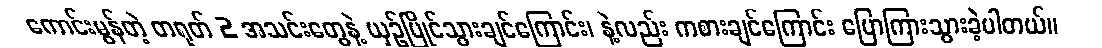
ကောင်းမွန်တဲ့ တရုတ် 2 အသင်းတွေနဲ့ ယှဥ်ပြိုင်သွားချင်ကြောင်း၊ နဲ့လည်း ကစားချင်ကြောင်း ပြောကြားသွားခဲ့ပါတယ်။